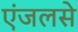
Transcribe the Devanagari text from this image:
एंजलसे